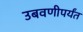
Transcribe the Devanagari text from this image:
उबवणीपर्यंत